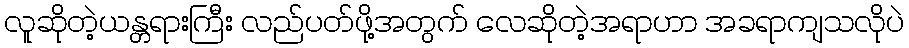
လူဆိုတဲ့ယန္တရားကြီး လည်ပတ်ဖို့အတွက် လေဆိုတဲ့အရာဟာ အခရာကျသလိုပဲ